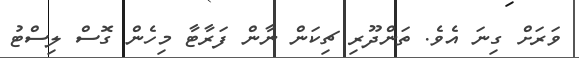
ވަރަށް ގިނަ އެވެ. ތަންދޫރި ޗިކަން ނާން ފަރާޓާ މިހެން ގޮސް ލިސްޓު